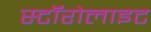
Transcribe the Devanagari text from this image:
स्टॉरोलाइट